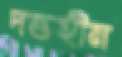
দন্তহীন